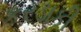
કરડાકી